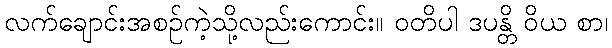
လက်ချောင်းအစဉ်ကဲ့သို့လည်းကောင်း။ ဝတိပါ ဒပန္တိ ဝိယ စာ၊